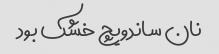
نان ساندویچ خشک بود